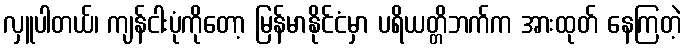
လှူပါတယ်၊ ကျန်ငါးပုံကိုတော့ မြန်မာနိုင်ငံမှာ ပရိယတ္တိဘက်က အားထုတ် နေကြတဲ့